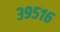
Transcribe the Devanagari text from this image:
३९५१६